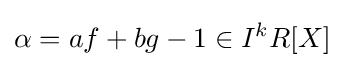
\alpha =af+bg-1\in I^{k}R[X]